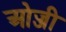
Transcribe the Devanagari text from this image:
ओज्जी